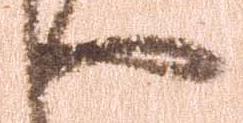
へ